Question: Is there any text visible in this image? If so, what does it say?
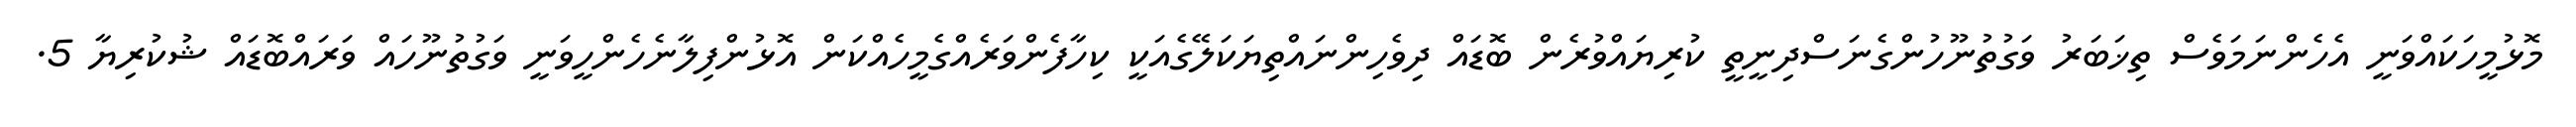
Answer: މޮޅުމީހަކައްވަނީ އެހެންނަމަވެސް ތިޚަބަރު ވަގުތުނޫހުންގެނަސްދިނީތީ ކުރިޔައްވުރެން ބޮޑައް ދިވެހިންނައްތިޔަކަލޭގެއަކީ ކިހާފެންވަރެއްގެމީހެއްކަން އޮޅުންފިލާނެހެންހީވަނީ ވަގުތުނޫހައް ވަރައްބޮޑައް ޝުކުރިޔާ 5.